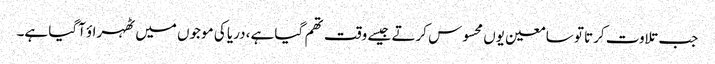
جب تلاوت کرتا تو سامعین یوں محسوس کرتے جیسے وقت تھم گیا ہے، دریا کی موجوں میں ٹھہراؤ آگیا ہے۔